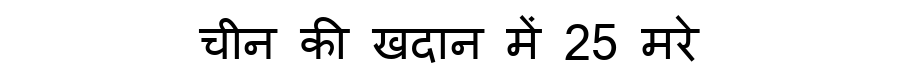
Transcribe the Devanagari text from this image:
चीन की खदान में 25 मरे